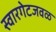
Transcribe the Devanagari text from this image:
स्वारगेटजवळ